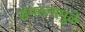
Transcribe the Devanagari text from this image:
संगठनामुळे